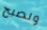
ونصبح